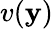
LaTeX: v(\mathbf{y})